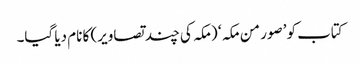
کتاب کو ’صور من مکہ ‘ (مکہ کی چند تصاویر) کا نام دیا گیا۔